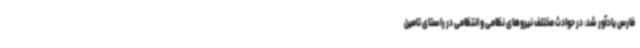
فارس یادآور شد: در حوادث مختلف نیروهای نظامی و انتظامی در راستای تامین